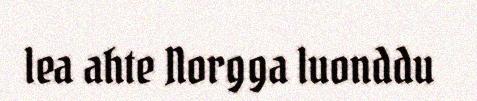
lea ahte Norgga luonddu